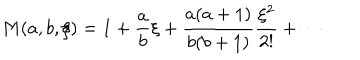
M ( a , b , \xi ) = 1 + { \frac { a } { b } } \xi + { \frac { a ( a + 1 ) } { b ( b + 1 ) } } { \frac { \xi ^ { 2 } } { 2 ! } } + \cdots